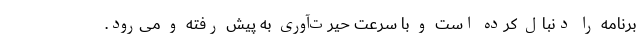
برنامه را دنبال کرده است و با سرعت حیرت‌آوری به پیش رفته و می‌رود.